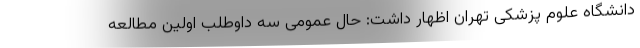
دانشگاه علوم پزشکی تهران اظهار داشت: حال عمومی سه داوطلب اولین مطالعه